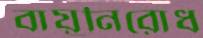
বায়ুনিরোধ